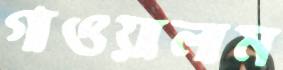
গাওয়ালাম